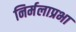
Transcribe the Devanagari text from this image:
निर्मलाप्रभा